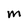
Character: M